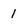
Character: 1